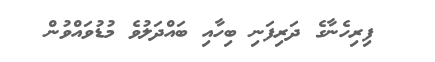
ފިރިހެނާގެ ދަރިފަނި ބިހާއި ބައްދަލުވެ މުޑުވައްވުން